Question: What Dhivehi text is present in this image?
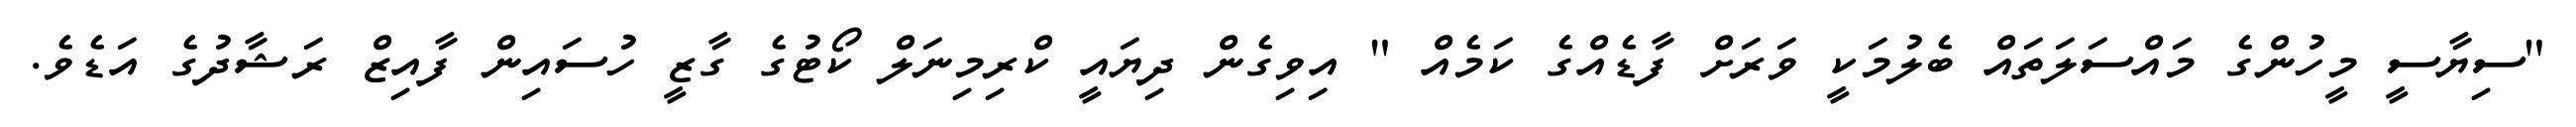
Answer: "ސިޔާސީ މީހުންގެ މައްސަލަތައް ބެލުމަކީ ވަރަށް ފާޑެއްގެ ކަމެއް " އިވިގެން ދިޔައީ ކްރިމިނަލް ކޯޓުގެ ގާޒީ ހުސައިން ފާއިޒް ރަޝާދުގެ އަޑެވެ.